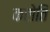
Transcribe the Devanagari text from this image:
करोतिं